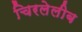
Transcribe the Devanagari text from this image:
चिरलेलीब